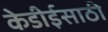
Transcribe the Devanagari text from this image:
केडीईसाठी